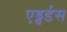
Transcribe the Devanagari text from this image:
एड्वर्डस